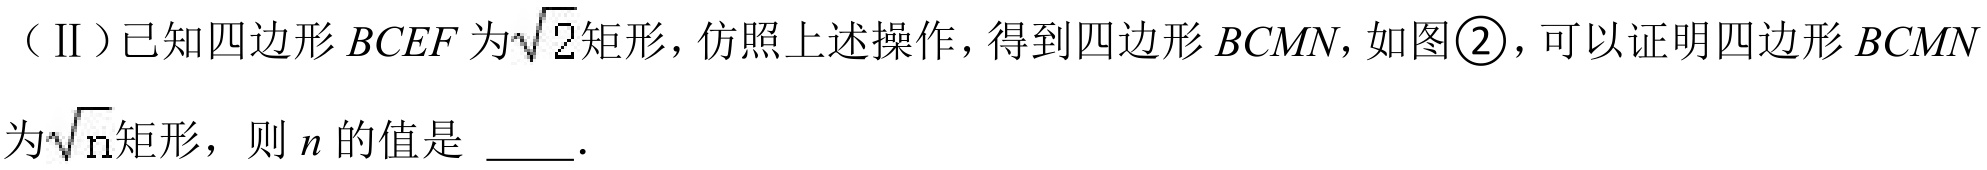
（Ⅱ）已知四边形 \(BCEF\) 为\(\sqrt{2}\)矩形，仿照上述操作，得到四边形 \(BCMN\)，如图\textcircled{2}，可以证明四边形 \(BCMN\)为\(\sqrt{n}\)矩形，则 \(n\) 的值是 \underline{\qquad}．